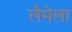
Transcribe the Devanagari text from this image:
लैमेला